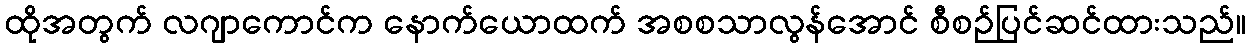
ထိုအတွက် လဂျာကောင်က နောက်ယောထက် အစစသာလွန်အောင် စီစဉ်ပြင်ဆင်ထားသည်။